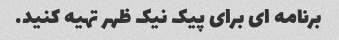
برنامه ای برای پیک نیک ظهر تهیه کنید.